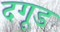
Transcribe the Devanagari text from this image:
दगूड